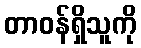
တာဝန်ရှိသူကို